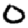
Digit: 0